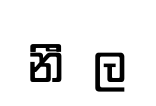
නිීල